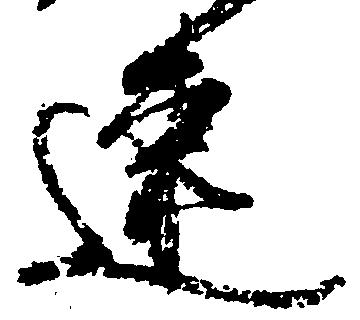
速